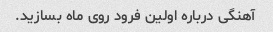
آهنگی درباره اولین فرود روی ماه بسازید.